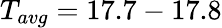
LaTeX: T_{avg}=17.7-17.8